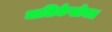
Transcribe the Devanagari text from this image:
मालिकेसोबत